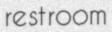
restroom